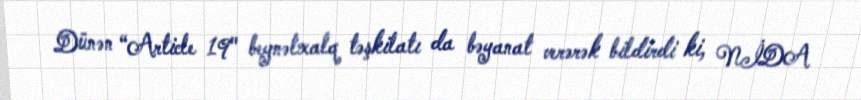
Dünən “Article 19" beynəlxalq təşkilatı da bəyanat verərək bildirdi ki, NİDA